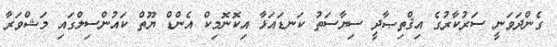
ގެންދަވަނީ ސަރުކާރުގެ އިޤްތިޞާދީ ސިޔާސަތު ކަނޑައަޅާ އިކޮނޮމިކް އެންޑް ޔޫތް ކައުންސިލްގައި މަޝްވަރާ